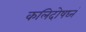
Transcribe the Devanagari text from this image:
कलिदोषघ्नं